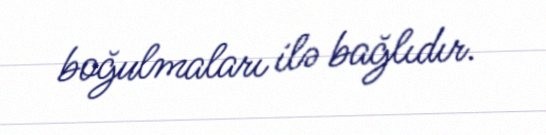
boğulmaları ilə bağlıdır.